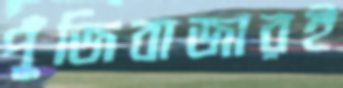
পুঁজিবাজারই